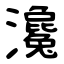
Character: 瀺